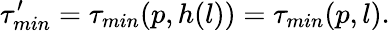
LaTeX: \tau_{min}^{\prime}=\tau_{min}(p,h(l))=\tau_{min}(p,l).